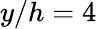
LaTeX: y/h=4